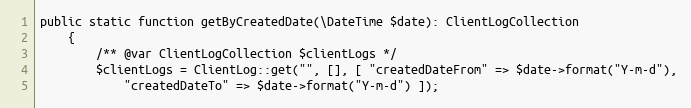
Language: PHP
public static function getByCreatedDate(\DateTime $date): ClientLogCollection
    {
        /** @var ClientLogCollection $clientLogs */
        $clientLogs = ClientLog::get("", [], [ "createdDateFrom" => $date->format("Y-m-d"),
            "createdDateTo" => $date->format("Y-m-d") ]);